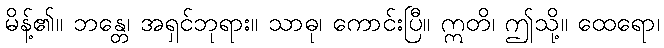
မိန့်၏။ ဘန္တေ၊ အရှင်ဘုရား။ သာဓု၊ ကောင်းပြီ။ ဣတိ၊ ဤသို့။ ထေရော၊